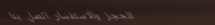
للحجز والاستفسار اتصل بنا